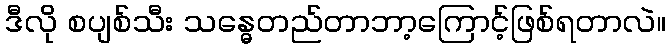
ဒီလို စပျစ်သီး သန္ဓေတည်တာဘာ့ကြောင့်ဖြစ်ရတာလဲ။